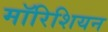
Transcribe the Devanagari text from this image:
मॉरिशियन